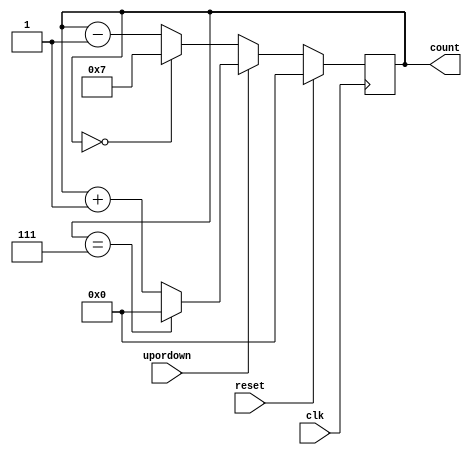
`timescale 1ns / 1ps

module up_down_counter
  # (parameter N = 4)
  
  ( input clk, reset, upordown, output reg[N-1:0] count);
 
  always @ (posedge clk )
  begin
    if (reset==1)
     count <= 0;
    
	else if(upordown==1)      //Up Mode is selected

         if (count == 2*N -1) 
            count <= 0;
         
	   else
            count<=count+1;     //increment counter
		
	else                      //Down Mode is selected

	     if(count==0)
	       count<= 2*N -1;

	     else
	       count<=count-1;    //Decrement the counter

  end
endmodule